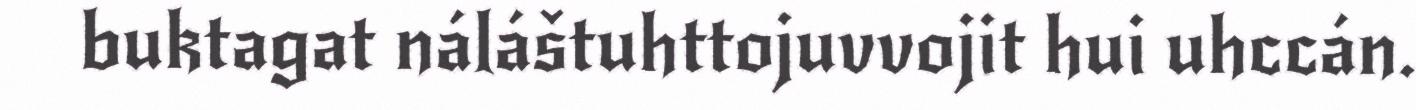
buktagat náláštuhttojuvvojit hui uhccán.